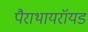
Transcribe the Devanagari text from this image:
पैराथायरॉयड